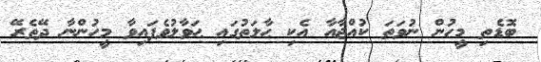
ބޮޑެތި މީހުން ނުވަތަ ކުއްޖާއާ އެކި ޙާލަތުގައި ޙަވާލުވެފައިވާ މީހުންނާ ދޭތެރޭ